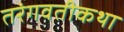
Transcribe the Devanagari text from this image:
तरंगवतीकथा